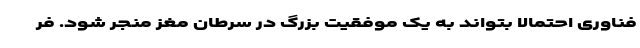
فناوری احتمالا بتواند به یک موفقیت بزرگ در سرطان مغز منجر شود. فر